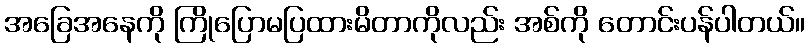
အခြေအနေကို ကြိုပြောမပြထားမိတာကိုလည်း အစ်ကို တောင်းပန်ပါတယ်။